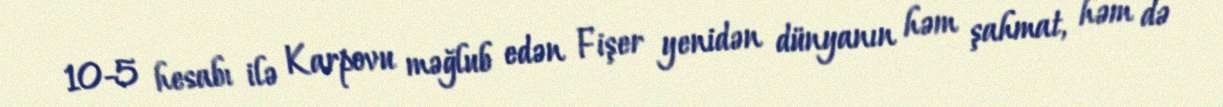
10-5 hesabı ilə Karpovu məğlub edən Fişer yenidən dünyanın həm şahmat, həm də